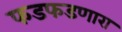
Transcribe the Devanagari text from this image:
फडफडणारा